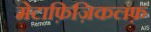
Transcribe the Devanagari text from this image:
मेटाफ़िज़िकलफ़